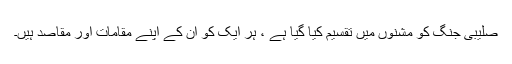
صلیبی جنگ کو مشنوں میں تقسیم کیا گیا ہے ، ہر ایک کو ان کے اپنے مقامات اور مقاصد ہیں۔